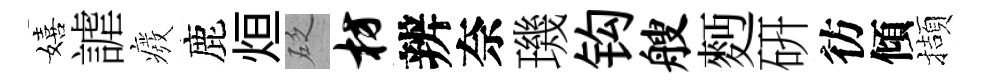
嬉謔癈鹿烜砭枋辨奈璣钩艘麪硏彷傾擷